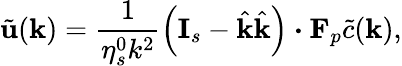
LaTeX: \tilde{\mathbf{u}}(\mathbf{k})=\frac{1}{\eta_{s}^{0}k^{2}}\left(\mathbf{I}_{s}-\hat{\mathbf{k}}\hat{\mathbf{k}}\right)\boldsymbol{\cdot}\mathbf{F}_{p}\tilde{c}(\mathbf{k}),